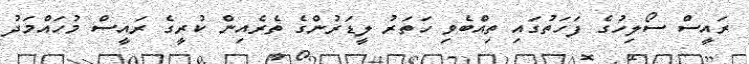
ރައީސް ސޯލިހުގެ ފަހަތުގައި ތިއްބެވި ހަތަރު ލީޑަރުންގެ ތެރެއިން ކުރީގެ ރައީސް މުހައްމަދު